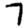
Digit: 7